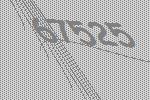
67525